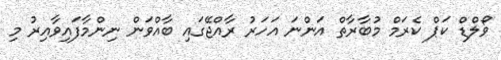
ވޯލްޑް ކަޕް ކެރަމް މުބާރާތް އަންނަ އަހަރު ރާއްޖޭގައި ބާއްވަން ނިންމާފައިވާއިރު މި